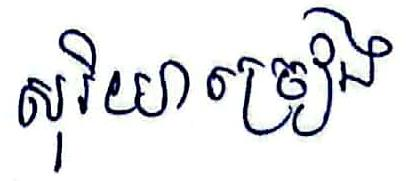
សុរិយាច្រៀង